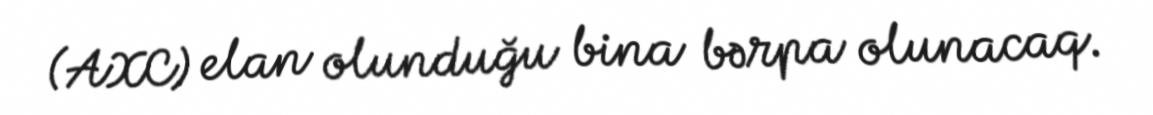
(AXC) elan olunduğu bina bərpa olunacaq.